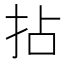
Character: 拈